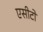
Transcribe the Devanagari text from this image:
एसीटो